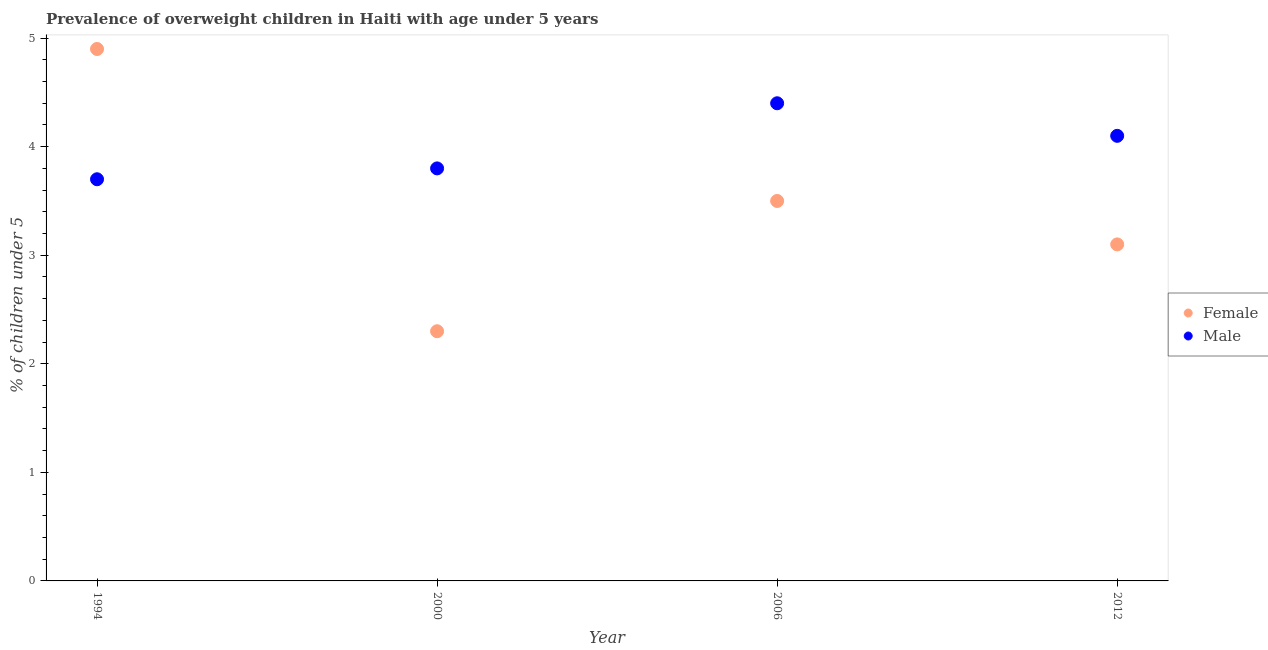
| Year | Female | Male |
 | --- | --- | --- |
 | 1994 | 4.9 | 3.7 |
 | 2000 | 2.3 | 3.8 |
 | 2006 | 3.5 | 4.4 |
 | 2012 | 3.1 | 4.1 |